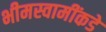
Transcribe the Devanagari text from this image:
भीमस्वामींकडे